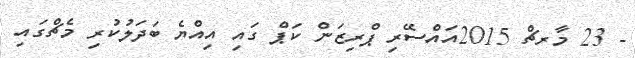
- 23 މާރޗް 2015އައްސޭރި ޕްރިޒަން ކަޕް ގައި އިއްޔެ ބަދަލުކުރި މެޗްގައި